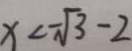
x < - \sqrt { 3 } - 2